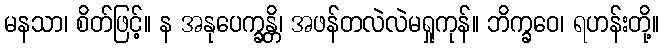
မနသာ၊ စိတ်ဖြင့်။ န အနုပေက္ခန္တိ၊ အဖန်တလဲလဲမရှုကုန်။ ဘိက္ခဝေ၊ ရဟန်းတို့။